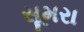
સૂમરા